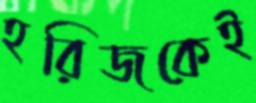
হরিজকেই